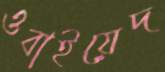
ওবাইয়েদ